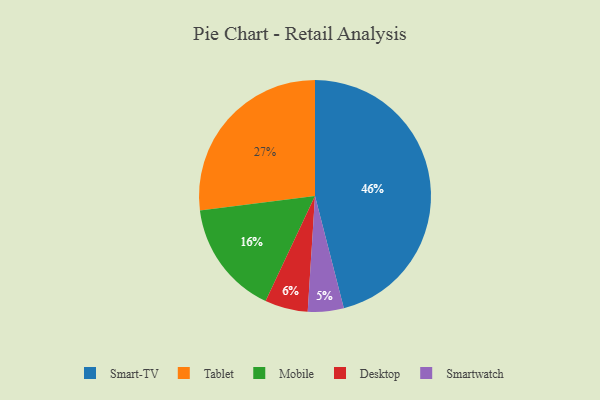
{"axis": {"x": "Category", "y": "Percentage"}, "legend": ["Desktop", "Mobile", "Smart-TV", "Smartwatch", "Tablet"], "data": [{"x": "Smart-TV", "y": 46, "type": "Smart-TV"}, {"x": "Tablet", "y": 27, "type": "Tablet"}, {"x": "Smartwatch", "y": 5, "type": "Smartwatch"}, {"x": "Desktop", "y": 6, "type": "Desktop"}, {"x": "Mobile", "y": 16, "type": "Mobile"}]}